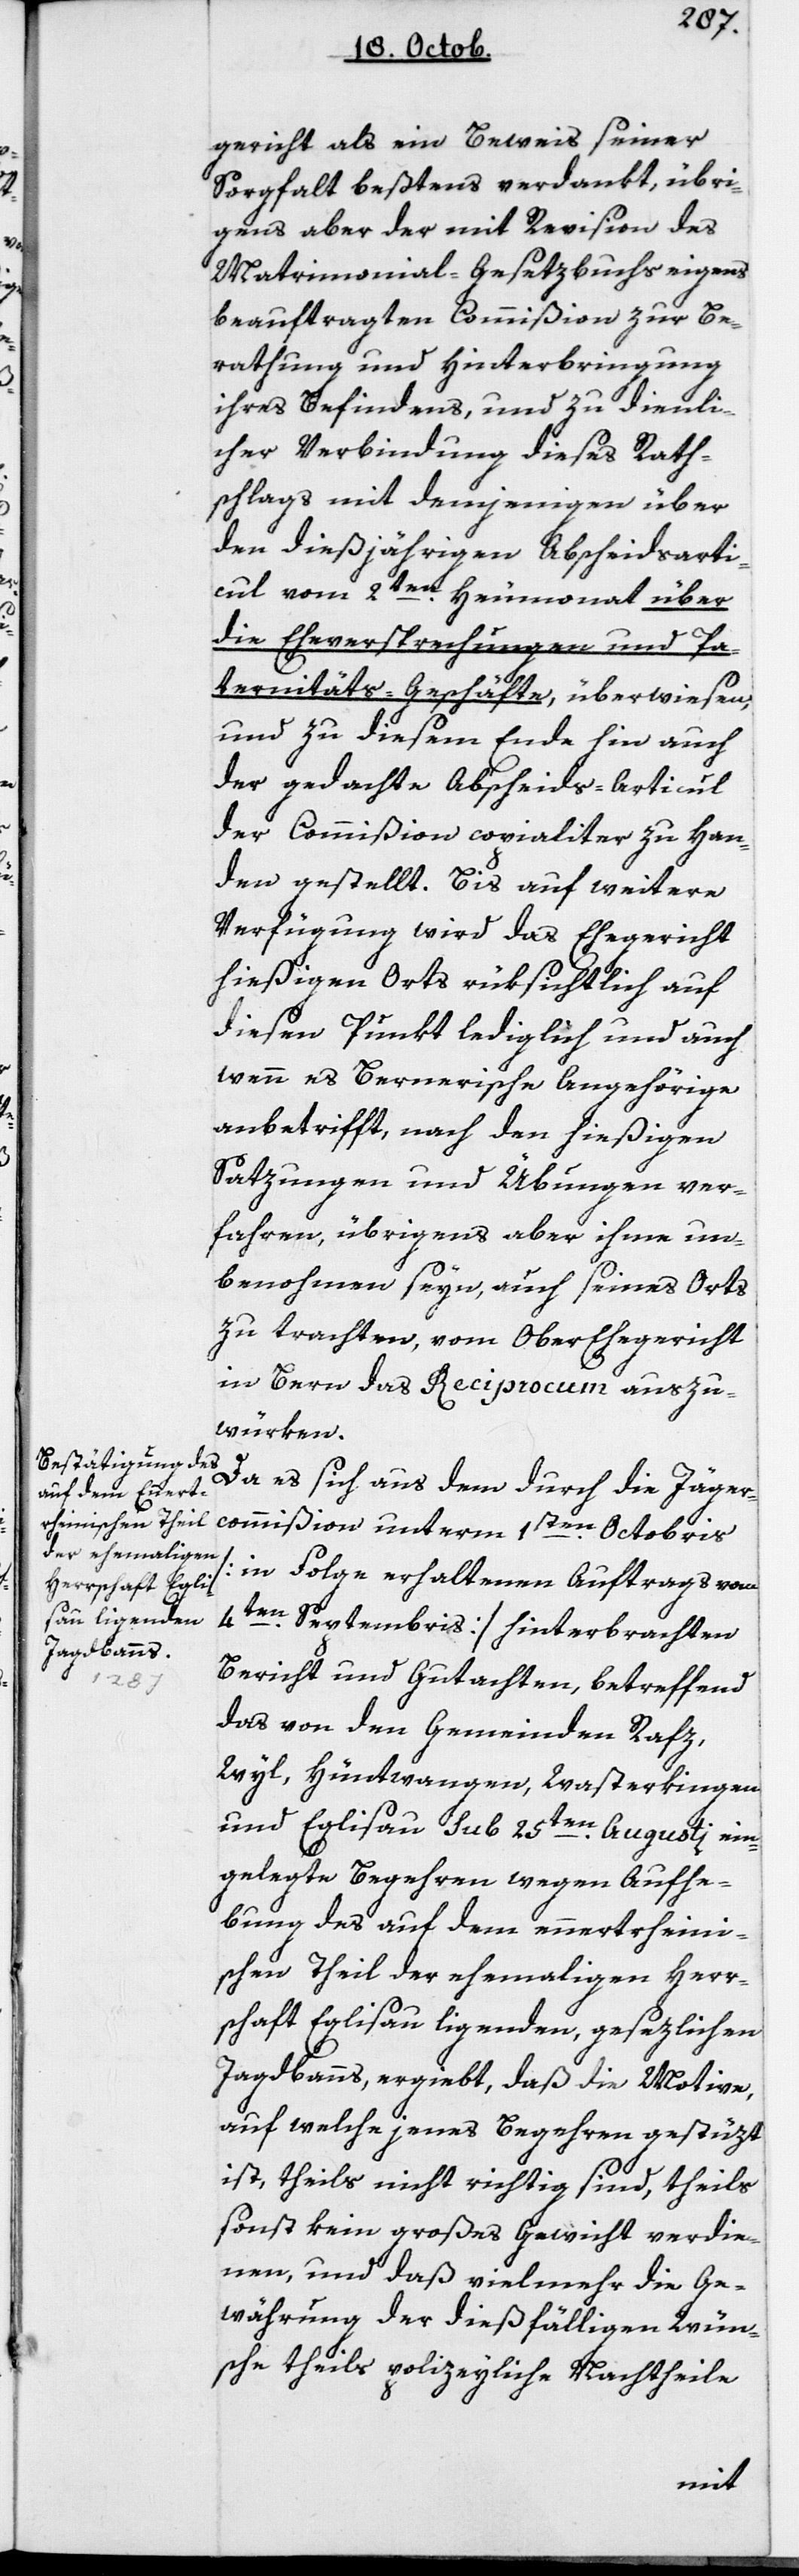
gericht als ein Beweis seiner
Sorgfalt bestens verdankt, übri¬
gens aber der mit Revision des
Matrimonial-Gesetzbuchs eigens
beauftragten Commißion zur Be¬
rathung und Hinterbringung
ihres Befindens, und zu dienli¬
cher Verbindung dieses Rath¬
schlags mit denjenigen über
den dießjährigen Abscheidsarti¬
cul vom 2ten Heumonat über
die Eheversprechungen und Pa¬
ternitäts-Geschäfte, überwiesen,
und zu diesem Ende hin auch
der gedachte Abscheids-Articul
der Commißion copialiter zu Han¬
den gestellt. Bis auf weitere
Verfügung wird das Ehegericht
hießigen Orts rüksichtlich auf
diesen Punkt lediglich und auch
wenn es Bernerische Angehörige
anbetrifft, nach den hießigen
Satzungen und Übungen ver¬
fahren, übrigens aber ihme un¬
benommen sein, auch seines Orts
zu trachten, vom Ober-Ehegericht
in Bern das Reciprocum auszu¬
würken.
Da es sich aus dem durch die Jäger¬
commißion unterm 1ten Octobris
[in Folge erhaltenem Auftrags vom
4ten Septembris] hinterbrachten
Bericht und Gutachten, betreffend
das von den Gemeinden Rafz,
Wyl, Hüntwangen, Wasterkingen
und Eglisau sub 25ten Augusti ein¬
gelegte Begehren wegen Aufhe¬
bung des auf dem Ennertrheini¬
schen Theil der ehemaligen Herr¬
schaft Eglisau liegenden, gesezlichen
Jagdbanns, ergiebt, daß die Motive,
auf welche jenes Begehren gestüzt
ist, theils nicht richtig sind, theils
sonst kein großes Gewicht verdie¬
nen, und daß vielmehr die Ge¬
währung der dießfälligen Wün¬
sche theils policeyliche Nachtheile